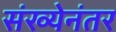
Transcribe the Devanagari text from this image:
संख्येनंतर